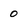
Character: 0